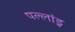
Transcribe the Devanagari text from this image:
पल्लांडु